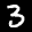
Label: 3